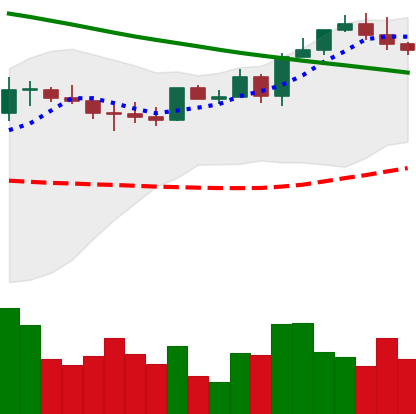
Ticker: ETH-USD
Chart end date: 2022-08-16
Forward return: -13.781%
Label: down_7plus